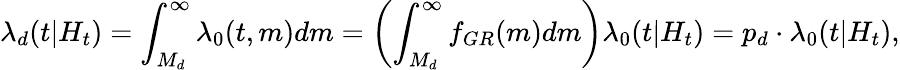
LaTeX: \lambda_{d}(t|H_{t})=\int_{M_{d}}^{\infty}\lambda_{0}(t,m)dm=\left(\int_{M_{d}}^{\infty}f_{GR}(m)dm\right)\lambda_{0}(t|H_{t})=p_{d}\cdot\lambda_{0}(t|H_{t}),